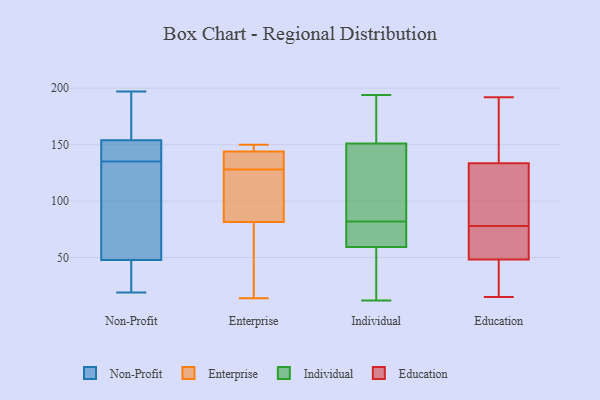
{"axis": {"x": "Satisfaction Score", "y": "Value"}, "legend": ["Education", "Enterprise", "Individual", "Non-Profit"], "data": [{"x": "", "y": 65, "type": "Non-Profit"}, {"x": "", "y": 49, "type": "Non-Profit"}, {"x": "", "y": 145, "type": "Non-Profit"}, {"x": "", "y": 44, "type": "Non-Profit"}, {"x": "", "y": 166, "type": "Non-Profit"}, {"x": "", "y": 187, "type": "Non-Profit"}, {"x": "", "y": 23, "type": "Non-Profit"}, {"x": "", "y": 149, "type": "Non-Profit"}, {"x": "", "y": 19, "type": "Non-Profit"}, {"x": "", "y": 150, "type": "Non-Profit"}, {"x": "", "y": 193, "type": "Non-Profit"}, {"x": "", "y": 83, "type": "Non-Profit"}, {"x": "", "y": 74, "type": "Non-Profit"}, {"x": "", "y": 197, "type": "Non-Profit"}, {"x": "", "y": 136, "type": "Non-Profit"}, {"x": "", "y": 135, "type": "Non-Profit"}, {"x": "", "y": 20, "type": "Non-Profit"}, {"x": "", "y": 144, "type": "Enterprise"}, {"x": "", "y": 64, "type": "Enterprise"}, {"x": "", "y": 144, "type": "Enterprise"}, {"x": "", "y": 128, "type": "Enterprise"}, {"x": "", "y": 150, "type": "Enterprise"}, {"x": "", "y": 127, "type": "Enterprise"}, {"x": "", "y": 132, "type": "Enterprise"}, {"x": "", "y": 150, "type": "Enterprise"}, {"x": "", "y": 79, "type": "Enterprise"}, {"x": "", "y": 89, "type": "Enterprise"}, {"x": "", "y": 14, "type": "Enterprise"}, {"x": "", "y": 36, "type": "Individual"}, {"x": "", "y": 45, "type": "Individual"}, {"x": "", "y": 125, "type": "Individual"}, {"x": "", "y": 194, "type": "Individual"}, {"x": "", "y": 190, "type": "Individual"}, {"x": "", "y": 64, "type": "Individual"}, {"x": "", "y": 194, "type": "Individual"}, {"x": "", "y": 72, "type": "Individual"}, {"x": "", "y": 82, "type": "Individual"}, {"x": "", "y": 12, "type": "Individual"}, {"x": "", "y": 66, "type": "Individual"}, {"x": "", "y": 132, "type": "Individual"}, {"x": "", "y": 138, "type": "Individual"}, {"x": "", "y": 183, "type": "Education"}, {"x": "", "y": 27, "type": "Education"}, {"x": "", "y": 136, "type": "Education"}, {"x": "", "y": 159, "type": "Education"}, {"x": "", "y": 126, "type": "Education"}, {"x": "", "y": 192, "type": "Education"}, {"x": "", "y": 166, "type": "Education"}, {"x": "", "y": 68, "type": "Education"}, {"x": "", "y": 123, "type": "Education"}, {"x": "", "y": 15, "type": "Education"}, {"x": "", "y": 104, "type": "Education"}, {"x": "", "y": 78, "type": "Education"}, {"x": "", "y": 61, "type": "Education"}, {"x": "", "y": 70, "type": "Education"}, {"x": "", "y": 116, "type": "Education"}, {"x": "", "y": 76, "type": "Education"}, {"x": "", "y": 19, "type": "Education"}, {"x": "", "y": 44, "type": "Education"}, {"x": "", "y": 41, "type": "Education"}]}